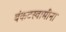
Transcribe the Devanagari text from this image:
बंकटस्वामींना